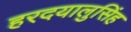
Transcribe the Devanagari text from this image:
हरदयालुसिंह